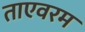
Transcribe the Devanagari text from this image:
ताएवरम